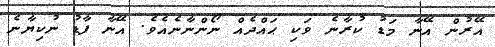
އޭރުން އޭނާ މަޑު ކުރާނެ ވަކި ޙައްދެއް ނޯންނާނެއެވެ. އޭނާ ފާޑު ނުކިޔާނެ